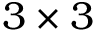
3 \times 3